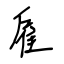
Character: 雇